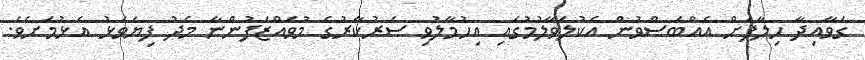
ގަވާއިދާ ހިލާފަށް އެއްބަސްވުން އެކުލަވާލުމުގައި އިހުމާލުވި ސަރުކާރުގެ މުވައްޒަފުންނާ މެދު ފިޔަވަޅު އެޅުމަށެވެ.